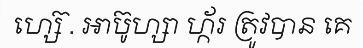
ហ្ស៊េ . អាប៊ូហ្សា ហ្ក័រ ត្រូវបាន គេ